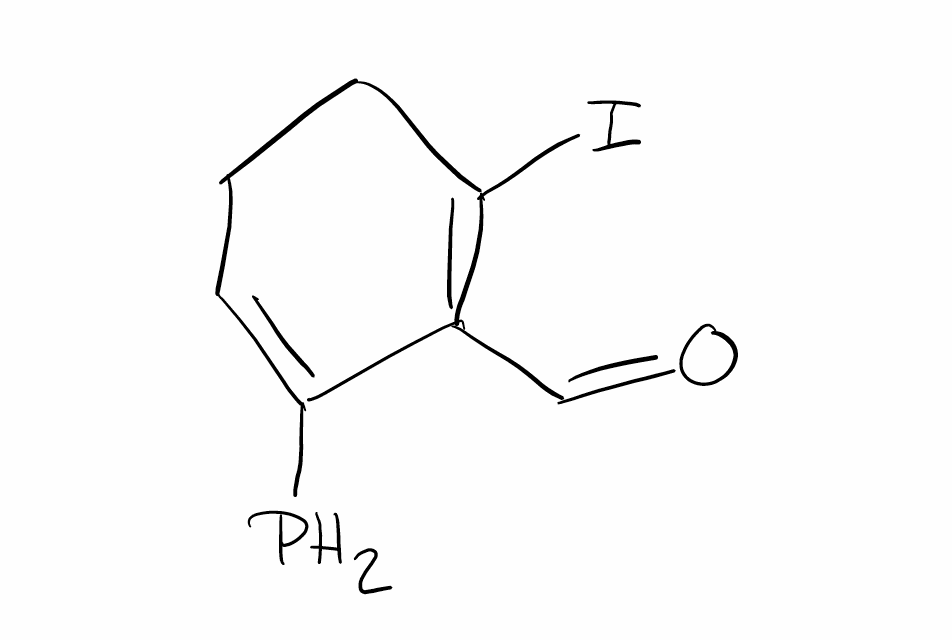
Simplified molecular-input line-entry system (SMILES) notation of the given molecule:
C1CC(=C(C(=C1)P)C=O)I